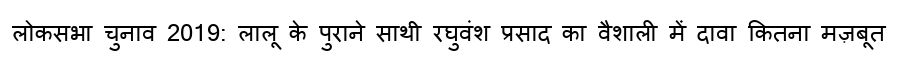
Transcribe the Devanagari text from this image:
लोकसभा चुनाव 2019: लालू के पुराने साथी रघुवंश प्रसाद का वैशाली में दावा कितना मज़बूत